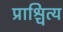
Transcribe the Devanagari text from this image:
प्राश्चित्य